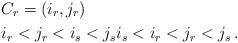
LaTeX: \begin{align*} &C_r=(i_r,j_r) \\ & i_r<j_r<i_s<j_s i_s<i_r<j_r<j_s\,.\end{align*}